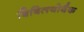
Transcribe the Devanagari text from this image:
बिबिलयोथैक